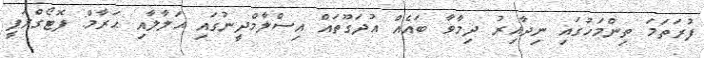
ފުރަތަމަ ތިންމަހުގައި ނިދާއިރު ދިމާވާ ބައެއް އުދަގޫތައް އިސްލާމްދީނުގައި ޙަލާލާއި ޙަރާމް: ފޮޓޯގްރަފީ